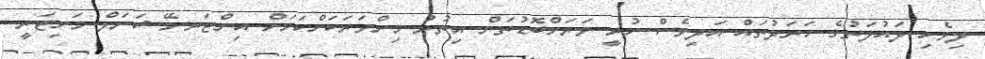
ދިވެހި ދައުލަތުގެ ހަރަދުތައް އަދިވެސް ހުރީ ވަރަށްބޮޑުތަން އިތުރު މިންވަރަކަށްކަމަށް އިންޓަރނޭޝަނަލް މަނިޓަރީ